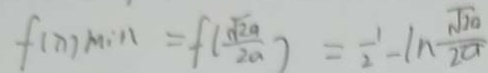
f ( x ) \min = f ( \frac { \sqrt { 2 a } } { 2 a } ) = \frac { 1 } { 2 } - \ln \frac { \sqrt { 2 a } } { 2 a }